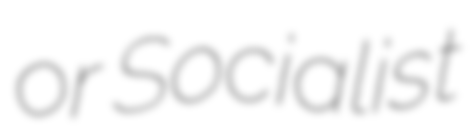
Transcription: or Socialist